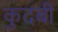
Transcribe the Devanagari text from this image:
कुदबी